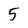
Character: 5